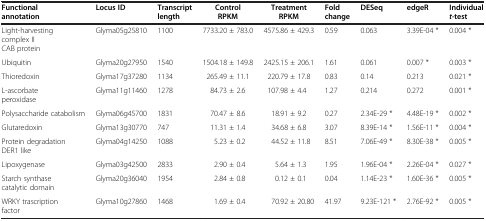
| Functional annotation | Locus ID | Transcript length | Control RPKM | Treatment RPKM | Fold change | DESeq | edgeR | Individual t-test |
 | --- | --- | --- | --- | --- | --- | --- | --- | --- |
 | Light-harvesting complex II CAB protein | Glyma05g25810 | 1100 | 7733.20 ± 783.0 | 4575.86 ± 429.3 | 0.59 | 0.063 | 3.39E-04 * | 0.004 * |
 | Ubiquitin | Glyma20g27950 | 1540 | 1504.18 ± 149.8 | 2425.15 ± 206.1 | 1.61 | 0.061 | 0.007 * | 0.003 * |
 | Thioredoxin | Glyma17g37280 | 1134 | 265.49 ± 11.1 | 220.79 ± 17.8 | 0.83 | 0.14 | 0.213 | 0.021 * |
 | L-ascorbate peroxidase | Glyma11g11460 | 1278 | 84.73 ± 2.6 | 107.98 ± 4.4 | 1.27 | 0.214 | 0.272 | 0.001 * |
 | Polysaccharide catabolism | Glyma06g45700 | 1831 | 70.47 ± 8.6 | 18.91 ± 9.2 | 0.27 | 2.34E-29 * | 4.48E-19 * | 0.002 * |
 | Glutaredoxin | Glyma13g30770 | 747 | 11.31 ± 1.4 | 34.68 ± 6.8 | 3.07 | 8.39E-14 * | 1.56E-11 * | 0.004 * |
 | Protein degradation DER1 like | Glyma04g14250 | 1088 | 5.23 ± 0.2 | 44.52 ± 11.8 | 8.51 | 7.06E-49 * | 8.30E-38 * | 0.005 * |
 | Lipoxygenase | Glyma03g42500 | 2833 | 2.90 ± 0.4 | 5.64 ± 1.3 | 1.95 | 1.96E-04 * | 2.26E-04 * | 0.027 * |
 | Starch synthase catalytic domain | Glyma20g36040 | 1954 | 2.84 ± 0.8 | 0.12 ± 0.1 | 0.04 | 1.14E-23 * | 1.60E-36 * | 0.005 * |
 | WRKY trascription factor | Glyma10g27860 | 1468 | 1.69 ± 0.4 | 70.92 ± 20.80 | 41.97 | 9.23E-121 * | 2.76E-92 * | 0.005 * |